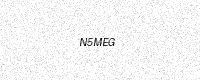
Text: N5MEG